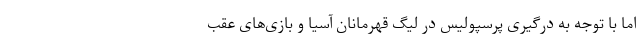
اما با توجه به درگیری پرسپولیس در لیگ قهرمانان آسیا و بازی‌های عقب